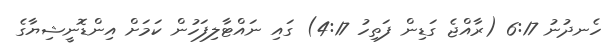
ހެނދުނު 6:17 (ރާއްޖެ ގަޑިން ފަތިހު 4:17) ގައި ނައްޓާލިފަހުން ކަމަށް އިންޑޮނީޝިޔާގެ